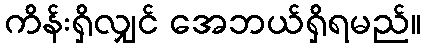
ကိန်းရှိလျှင် အေဘယ်ရှိရမည်။